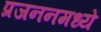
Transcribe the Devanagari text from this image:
प्रजननमध्ये